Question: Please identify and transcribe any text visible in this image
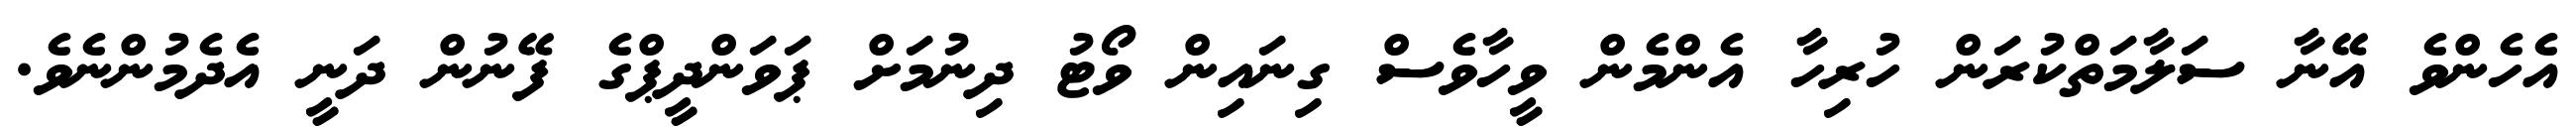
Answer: އެހެންވެ އޭނާ ސަލާމަތްކުރަން ހުރިހާ އެންމެން ވީހާވެސް ގިނައިން ވޯޓު ދިނުމަށް ޕަވަންދީޕްގެ ފޭނުން ދަނީ އެދެމުންނެވެ.